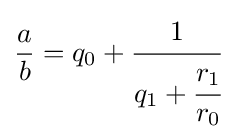
{\frac {a}{b}}=q_{0}+{\cfrac {1}{q_{1}+{\cfrac {r_{1}}{r_{0}}}}}